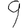
Digit: 9